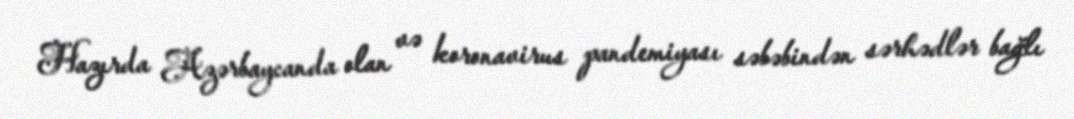
Hazırda Azərbaycanda olan və koronavirus pandemiyası səbəbindən sərhədlər bağlı